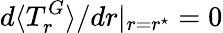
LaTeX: d\langle T_{r}^{G}\rangle/dr|_{r=r^{\star}}=0